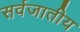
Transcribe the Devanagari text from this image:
सर्वजातीय